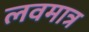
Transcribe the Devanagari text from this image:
लवमात्र